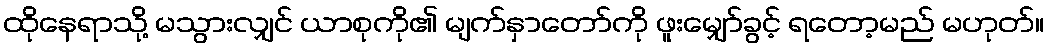
ထိုနေရာသို့ မသွားလျှင် ယာစုကို၏ မျက်နှာတော်ကို ဖူးမျှော်ခွင့် ရတော့မည် မဟုတ်။